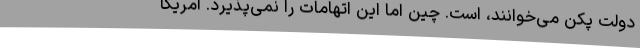
دولت پکن می‌خوانند، است. چین اما این اتهامات را نمی‌پذیرد. آمریکا